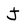
Character: J